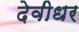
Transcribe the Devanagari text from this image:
देवीधर